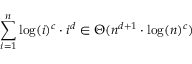
\sum _ { i = 1 } ^ { n } \log ( i ) ^ { c } \cdot i ^ { d } \in \Theta ( n ^ { d + 1 } \cdot \log ( n ) ^ { c } )